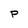
Character: P